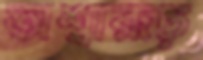
অশ্বারূঢ়